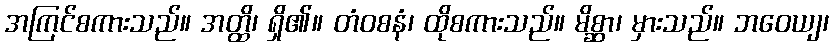
အကြင်စကားသည်။ အတ္ထိ၊ ရှိ၏။ တံဝစနံ၊ ထိုစကားသည်။ မိစ္ဆာ၊ မှားသည်။ ဘဝေယျ၊